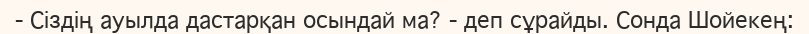
-	Сіздің ауылда дастарқан осындай ма? - деп сұрайды. Сонда Шойекең: